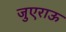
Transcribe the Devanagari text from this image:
जुएराऊ